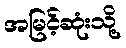
အမြင့်ဆုံးသို့